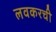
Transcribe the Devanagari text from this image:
लवकरची